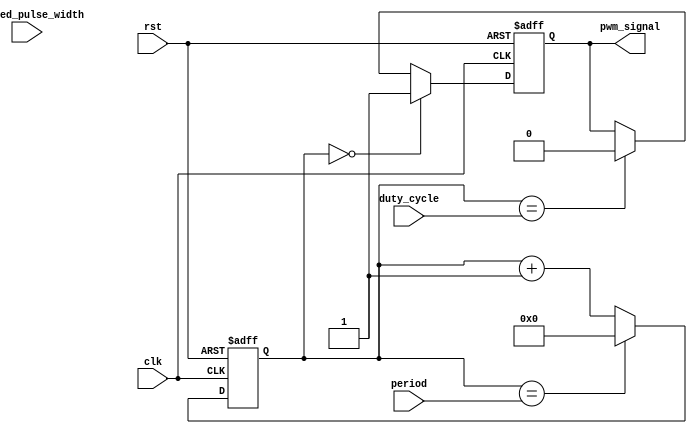
module PWM_timer (
    input wire clk,
    input wire rst,
    input wire [7:0] desired_pulse_width,
    input wire [15:0] period,
    input wire [15:0] duty_cycle,
    output reg pwm_signal
);

reg [15:0] counter;

always @(posedge clk or posedge rst) begin
    if (rst) begin
        counter <= 16'd0;
        pwm_signal <= 1'b0;
    end else begin
        if (counter == 0) begin
            pwm_signal <= 1'b1;
        end else if (counter == duty_cycle) begin
            pwm_signal <= 1'b0;
        end
        
        counter <= counter + 1;
        if (counter == period) begin
            counter <= 16'd0;
        end
    end
end

endmodule